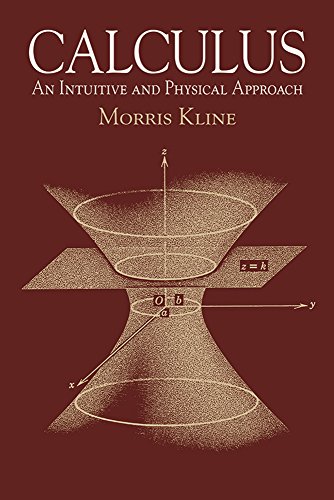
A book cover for Calculus: An Intuitive and Physical Approach (Second Edition) (Dover Books on Mathematics); Morris Kline; Science & Math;